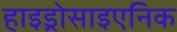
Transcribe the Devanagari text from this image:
हाइड्रोसाइएनिक